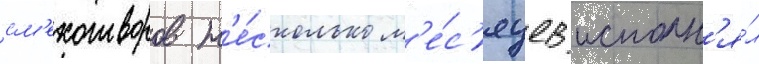
см'ехотворов н'е́сколько м'е́с'яцев исполн'я́л